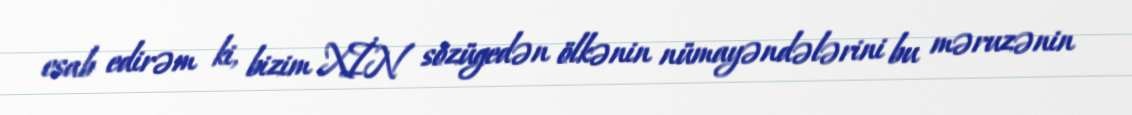
esab edirəm ki, bizim XİN sözügedən ölkənin nümayəndələrini bu məruzənin